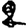
Digit: 2